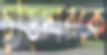
চুড়িদারকে